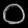
Digit: ၀